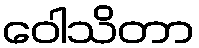
ဝေါသိတာ